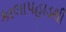
કાલાપહાડથી